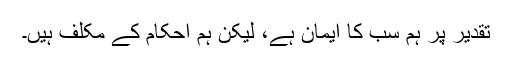
تقدیر پر ہم سب کا ایمان ہے، لیکن ہم احکام کے مکلف ہیں۔